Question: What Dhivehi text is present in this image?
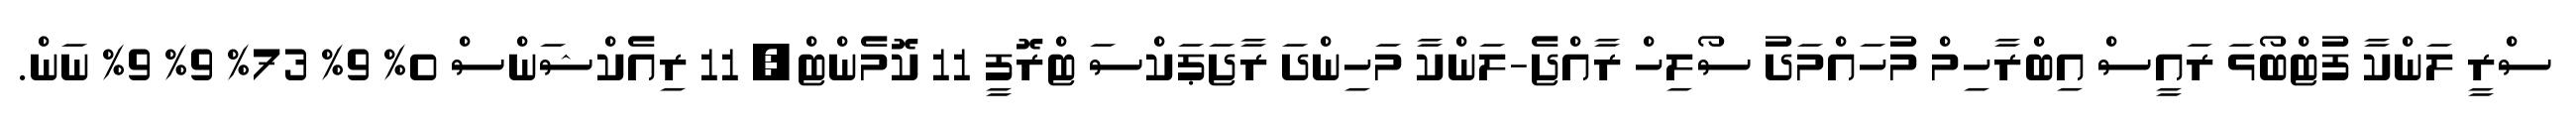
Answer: ސްރީ ލަންކާ ފުޓްބޯޅަ ރައީސް އިބްރާހިމް މުހައްމަދު ސޯލިހް ރާއްޖެ-ލަންކާ މަހިންދަ ރާޖަޕަކްސަ ޓްރޮފީ 11 ކޮމެންޓް, 11 ރިއެކްޝަންސް 0% 9% 73% 9% 9% ނަން.